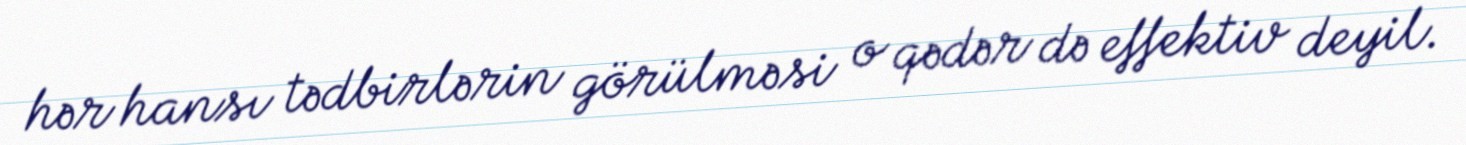
hər hansı tədbirlərin görülməsi o qədər də effektiv deyil.